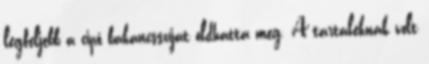
legfeljebb a cipő bakancsszíját oldhatta meg. A tartaléknak volt